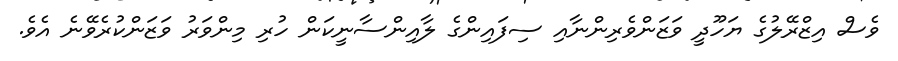
ވެސް އިޒްރޭލުގެ ޔަހޫދީ ވަޒަންވެރިންނާއި ސިފައިންގެ ލާއިންސާނީކަން ހުރި މިންވަރު ވަޒަންކުރެވޭނެ އެވެ.